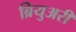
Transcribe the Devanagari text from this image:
ब्रियुअरी